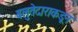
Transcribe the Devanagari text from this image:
बलुतेदाराकडून